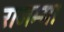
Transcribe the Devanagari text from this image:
राजम्मा